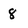
Character: 8